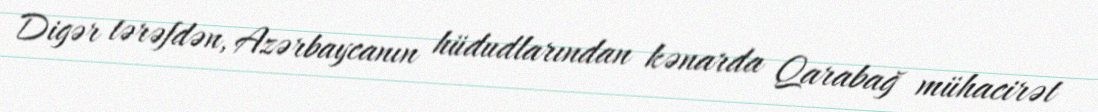
Digər tərəfdən, Azərbaycanın hüdudlarından kənarda Qarabağ mühacirət